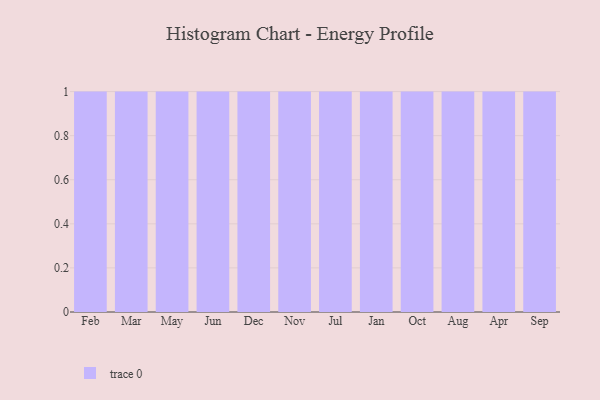
{"axis": {"x": "Month", "y": "Customer Acquisition Cost (USD)"}, "legend": [""], "data": [{"x": "Feb", "y": 93, "type": ""}, {"x": "Mar", "y": 44, "type": ""}, {"x": "May", "y": 8, "type": ""}, {"x": "Jun", "y": 47, "type": ""}, {"x": "Dec", "y": 8, "type": ""}, {"x": "Nov", "y": 42, "type": ""}, {"x": "Jul", "y": 79, "type": ""}, {"x": "Jan", "y": 90, "type": ""}, {"x": "Oct", "y": 61, "type": ""}, {"x": "Aug", "y": 5, "type": ""}, {"x": "Apr", "y": 80, "type": ""}, {"x": "Sep", "y": 31, "type": ""}]}